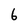
Character: 6